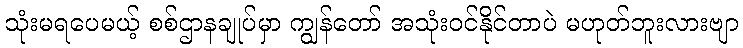
သုံးမရပေမယ့် စစ်ဌာနချုပ်မှာ ကျွန်တော် အသုံးဝင်နိုင်တာပဲ မဟုတ်ဘူးလားဗျာ